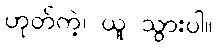
ဟုတ်ကဲ့၊ ယူ သွားပါ။